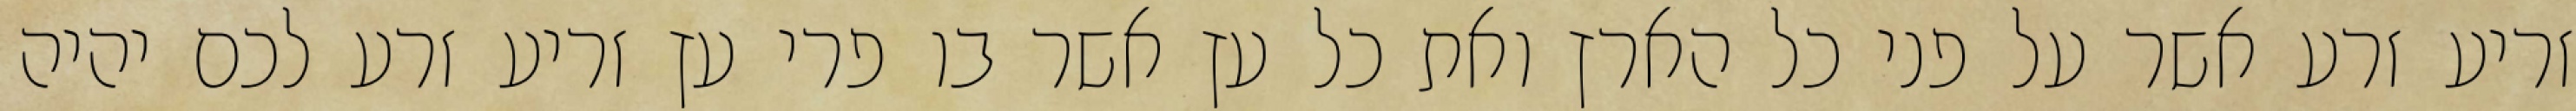
זריע זרע אשר על פני כל הארץ ואת כל עץ אשר בו פרי עץ זריע זרע לכם יהיה